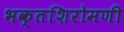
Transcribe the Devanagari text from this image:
भक्तशिरोमणी